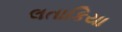
લતાકિયા